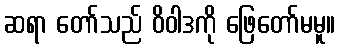
ဆရာ တော်သည် ဝိဝါဒကို ဖြေတော်မမူ။